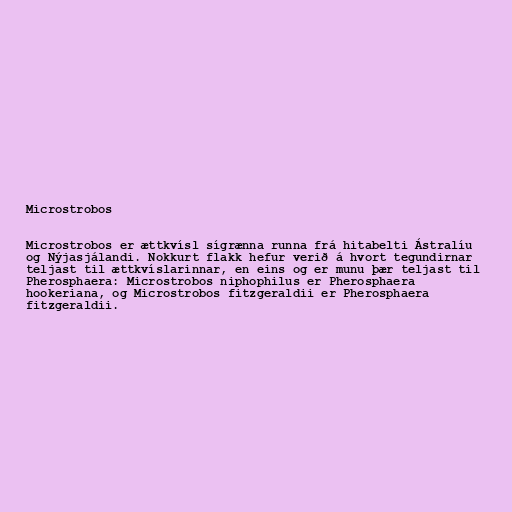
Microstrobos

Microstrobos er ættkvísl sígrænna runna frá hitabelti Ástralíu
og Nýjasjálandi. Nokkurt flakk hefur verið á hvort tegundirnar
teljast til ættkvíslarinnar, en eins og er munu þær teljast til
Pherosphaera: Microstrobos niphophilus er Pherosphaera
hookeriana, og Microstrobos fitzgeraldii er Pherosphaera
fitzgeraldii.